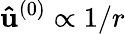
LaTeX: \mathbf{\hat{u}}^{(0)}\propto 1/r